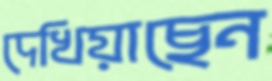
দেখিয়াছেন